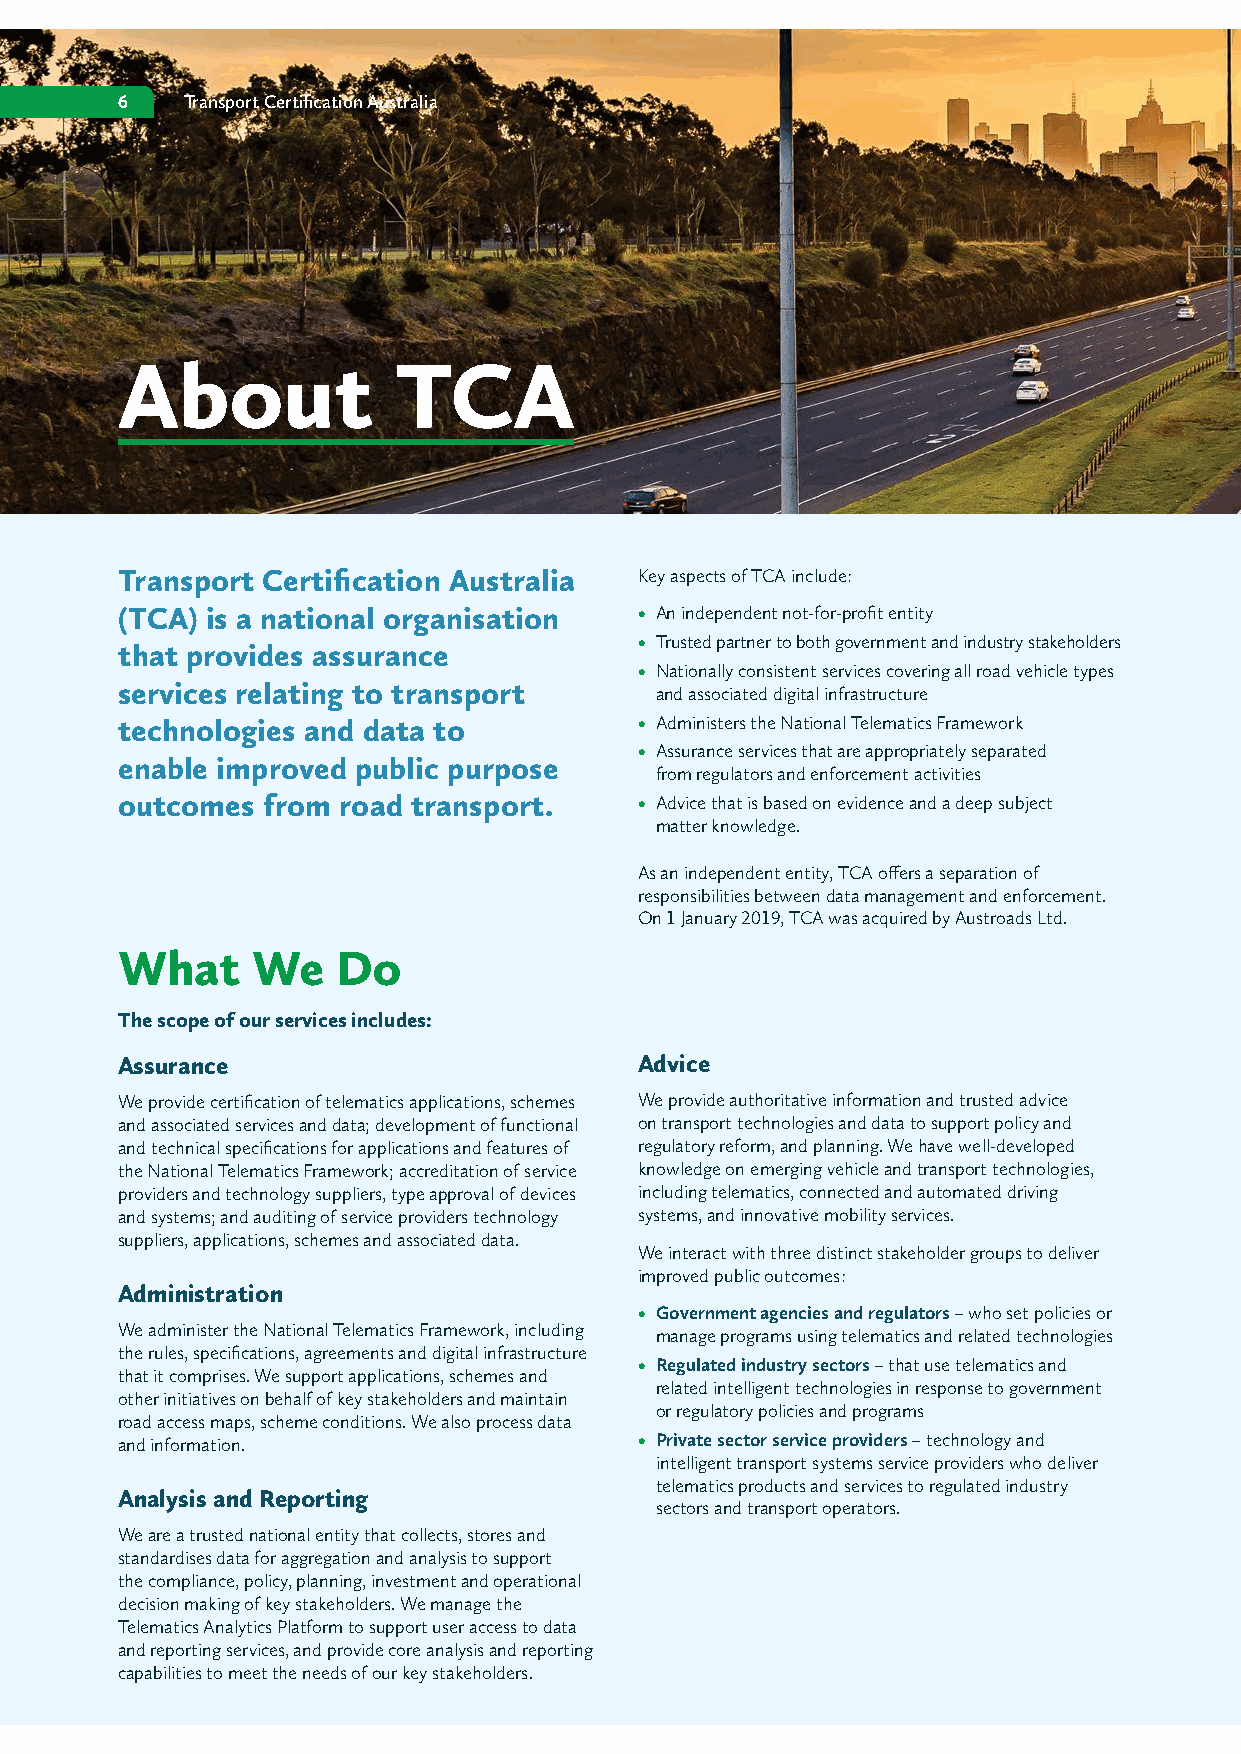
6   Transport Certification Australia
 About             TCA
 Transport Certification Australia Key aspects of TCA include:
 (TCA) is a national organisation  • An independent not-for-profit entity
 • Trusted partner to both government and industry stakeholders
 that provides assurance
 • Nationally consistent services covering all road vehicle types
 services relating to transport     and associated digital infrastructure
 technologies and data to          • Administers the National Telematics Framework
 • Assurance services that are appropriately separated
 enable improved public purpose
 from regulators and enforcement activities
 outcomes from road transport.     • Advice that is based on evidence and a deep subject
 matter knowledge.
 As an independent entity, TCA offers a separation of
 responsibilities between data management and enforcement.
 On 1 January 2019, TCA was acquired by Austroads Ltd.
 What     We   Do
 The scope of our services includes:
 Assurance                         Advice
 We provide certification of telematics applications, schemes We provide authoritative information and trusted advice
 and associated services and data; development of functional on transport technologies and data to support policy and
 and technical specifications for applications and features of regulatory reform, and planning. We have well-developed
 the National Telematics Framework; accreditation of service knowledge on emerging vehicle and transport technologies,
 providers and technology suppliers, type approval of devices including telematics, connected and automated driving
 and systems; and auditing of service providers technology systems, and innovative mobility services.
 suppliers, applications, schemes and associated data.
 We interact with three distinct stakeholder groups to deliver
 improved public outcomes:
 Administration
 • Government agencies and regulators – who set policies or
 We administer the National Telematics Framework, including manage programs using telematics and related technologies
 the rules, specifications, agreements and digital infrastructure
 • Regulated industry sectors – that use telematics and
 that it comprises. We support applications, schemes and
 related intelligent technologies in response to government
 other initiatives on behalf of key stakeholders and maintain
 or regulatory policies and programs
 road access maps, scheme conditions. We also process data
 and information.                  • Private sector service providers – technology and
 intelligent transport systems service providers who deliver
 telematics products and services to regulated industry
 Analysis and Reporting
 sectors and transport operators.
 We are a trusted national entity that collects, stores and
 standardises data for aggregation and analysis to support
 the compliance, policy, planning, investment and operational
 decision making of key stakeholders. We manage the
 Telematics Analytics Platform to support user access to data
 and reporting services, and provide core analysis and reporting
 capabilities to meet the needs of our key stakeholders.